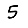
Digit: 5